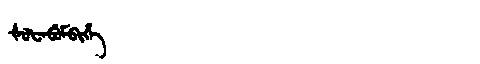
Manchu: ᡧᡠᡶᠠᠪᡠᠮᠪᡳᡥᡝ
Romanization: ŠUFABUMBIHE